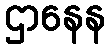
ဌာနေန